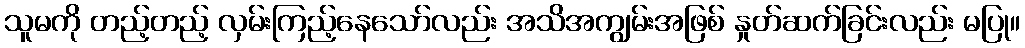
သူမကို တည့်တည့် လှမ်းကြည့်နေသော်လည်း အသိအကျွမ်းအဖြစ် နှုတ်ဆက်ခြင်းလည်း မပြု။